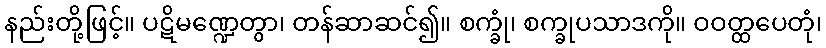
နည်းတို့ဖြင့်။ ပဋိမဏ္ဍေတွာ၊ တန်ဆာဆင်၍။ စက္ခုံ၊ စက္ခုပသာဒကို။ ဝဝတ္ထပေတုံ၊